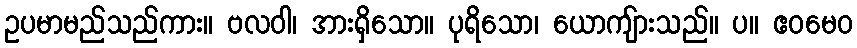
ဥပမာမည်သည်ကား။ ဗလဝါ၊ အားရှိသော။ ပုရိသော၊ ယောကျ်ားသည်။ ပ။ ဧဝမေဝ